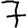
Digit: 7